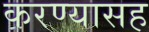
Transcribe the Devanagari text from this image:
करण्यासह